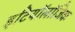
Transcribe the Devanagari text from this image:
इटियॉलॉजिक